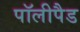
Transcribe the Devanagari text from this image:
पॉलीपैड